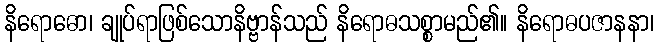
နိရောဓော၊ ချုပ်ရာဖြစ်သောနိဗ္ဗာန်သည် နိရောဓသစ္စာမည်၏။ နိရောဓပဇာနနာ၊